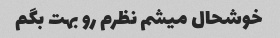
خوشحال میشم نظرم رو بهت بگم